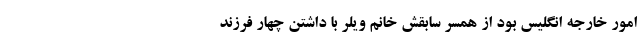
امور خارجه انگلیس بود از همسر سابقش خانم ویلر با داشتن چهار فرزند